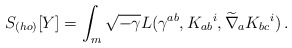
\begin{align*}S_{(ho)} [Y] = \int_m \sqrt{-\gamma} L ( \gamma^{ab},K_{ab}{}^i , \widetilde\nabla_a K_{bc}{}^i )\,.\end{align*}